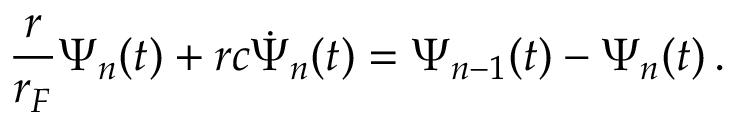
\frac { r } { r _ { F } } \Psi _ { n } ( t ) + r c \dot { \Psi } _ { n } ( t ) = \Psi _ { n - 1 } ( t ) - \Psi _ { n } ( t ) \, .